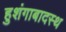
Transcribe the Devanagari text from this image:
हुशंगाबादस्थ